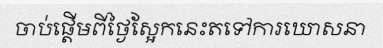
ចាប់ផ្តើមពីថ្ងៃស្អែកនេះតទៅការឃោសនា